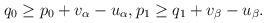
LaTeX: \begin{align*}q_0\ge p_0+v_\alpha-u_\alpha, p_1\ge q_1+v_\beta-u_\beta.\end{align*}